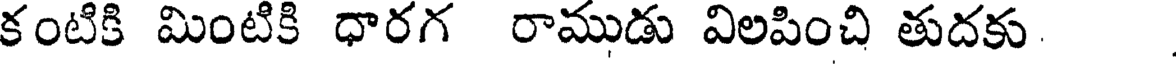
కంటికి మింటికి ధారగ రాముడు విలపించి తుదకు